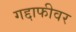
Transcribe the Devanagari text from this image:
गद्दाफीवर